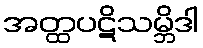
အတ္ထပဋိသမ္ဘိဒါ